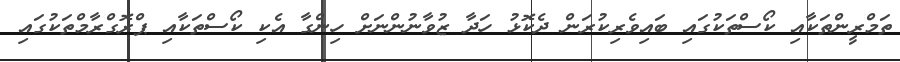
ތަމްރީންތަކާއި ކޯސްތަކުގައި ބައިވެރިކުރަން ދެކޮޅު ހަދާ ޒުވާނުންނަށް ހިންގާ އެކި ކޯސްތަކާއި ޕްރޮގްރާމްތަކުގައި